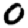
Digit: 0